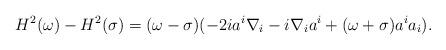
LaTeX: \begin{align*}H^2(\omega)-H^2(\sigma)=(\omega-\sigma)(-2ia^i\nabla_i- i\nabla_i a^i+(\omega+\sigma)a^ia_i).\end{align*}